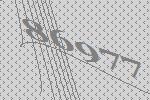
86977